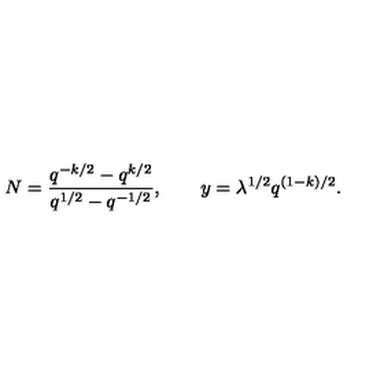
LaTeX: N = { \frac { q ^ { - k / 2 } - q ^ { k / 2 } } { q ^ { 1 / 2 } - q ^ { - 1 / 2 } } } , \qquad y = \lambda ^ { 1 / 2 } q ^ { ( 1 - k ) / 2 } .